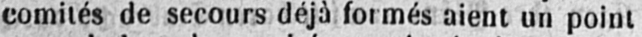
comités de secours déjà formés aient un point